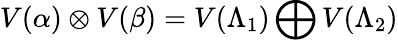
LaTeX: V(\alpha)\otimes V(\beta)=V(\Lambda_{1})\bigoplus V(\Lambda_{2})